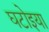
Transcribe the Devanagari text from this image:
घटोइया